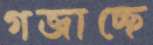
গজাচ্ছে